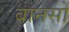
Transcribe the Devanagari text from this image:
बानसों